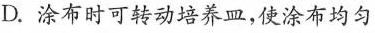
D.涂布时可转动培养皿，使涂布均匀